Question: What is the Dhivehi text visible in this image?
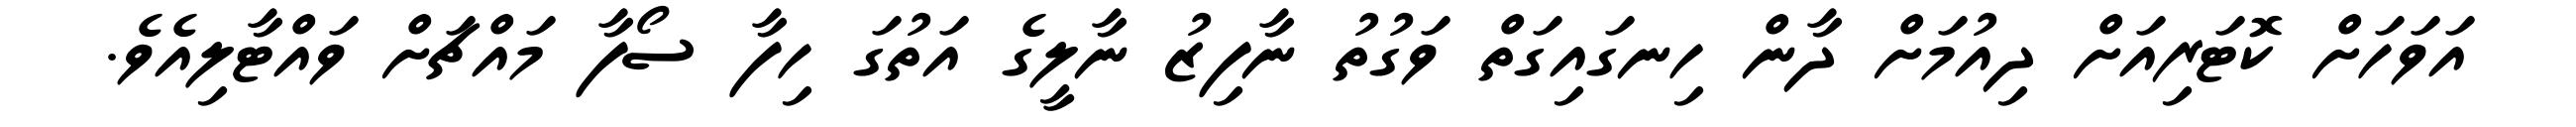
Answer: އަވަހަށް ކޮޓަރިއަށް ދިއުމަށް ދާން ހިނގައިގަތް ވަގުތު ނާފިޒު ނާލީގެ އަތުގަ ހިފާ ސޯފާ މައްޗަށް ވައްޓާލިއެވެ.